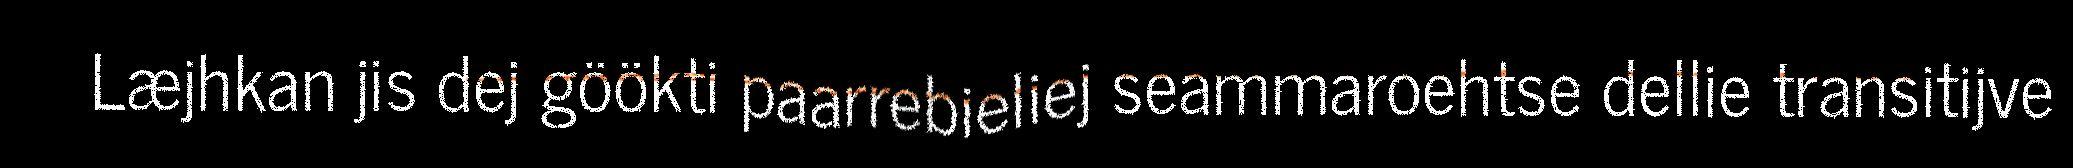
Læjhkan jis dej göökti paarrebieliej seammaroehtse dellie transitijve